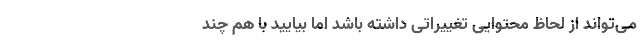
می‌تواند از لحاظ محتوایی تغییراتی داشته باشد اما بیایید با هم چند